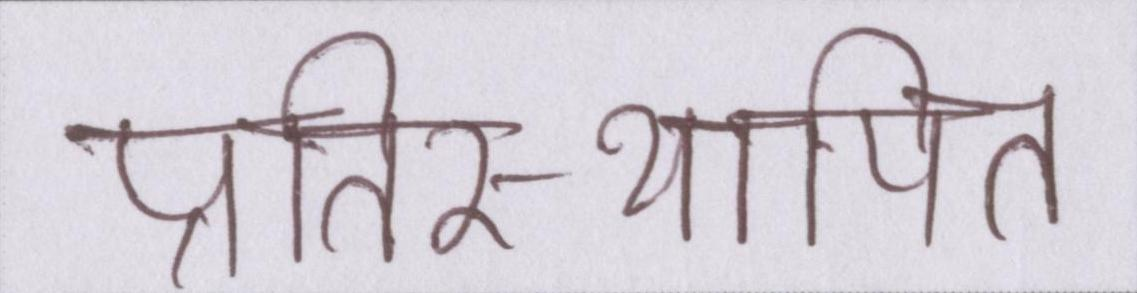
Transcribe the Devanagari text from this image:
प्रतिस्थापित